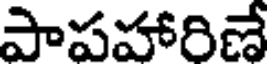
పాపహారిణే